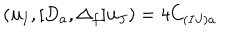
( { \bf u } _ { I } , [ D _ { a } , \Delta _ { f } ] { \bf u } _ { J } ) = 4 C _ { ( I J ) a }